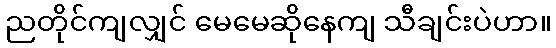
ညတိုင်ကျလျှင် မေမေဆိုနေကျ သီချင်းပဲဟာ။